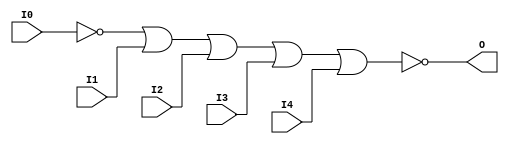
// $Header: /devl/xcs/repo/env/Databases/CAEInterfaces/verunilibs/data/unisims/NOR5B1.v,v 1.5.158.1 2007/03/09 18:13:10 patrickp Exp $
///////////////////////////////////////////////////////////////////////////////
// Copyright (c) 1995/2004 Xilinx, Inc.
// All Right Reserved.
///////////////////////////////////////////////////////////////////////////////
//   ____  ____
//  /   /\/   /
// /___/  \  /    Vendor : Xilinx
// \   \   \/     Version : 8.1i (I.13)
//  \   \         Description : Xilinx Functional Simulation Library Component
//  /   /                  5-input NOR Gate
// /___/   /\     Filename : NOR5B1.v
// \   \  /  \    Timestamp : Thu Mar 25 16:42:59 PST 2004
//  \___\/\___\
//
// Revision:
//    03/23/04 - Initial version.
// End Revision

`timescale  100 ps / 10 ps


module NOR5B1 (O, I0, I1, I2, I3, I4);

    output O;

    input  I0, I1, I2, I3, I4;

    not N0 (i0_inv, I0);
    nor O1 (O, i0_inv, I1, I2, I3, I4);


endmodule